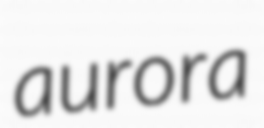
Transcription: aurora